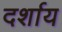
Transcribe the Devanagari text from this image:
दर्शाय